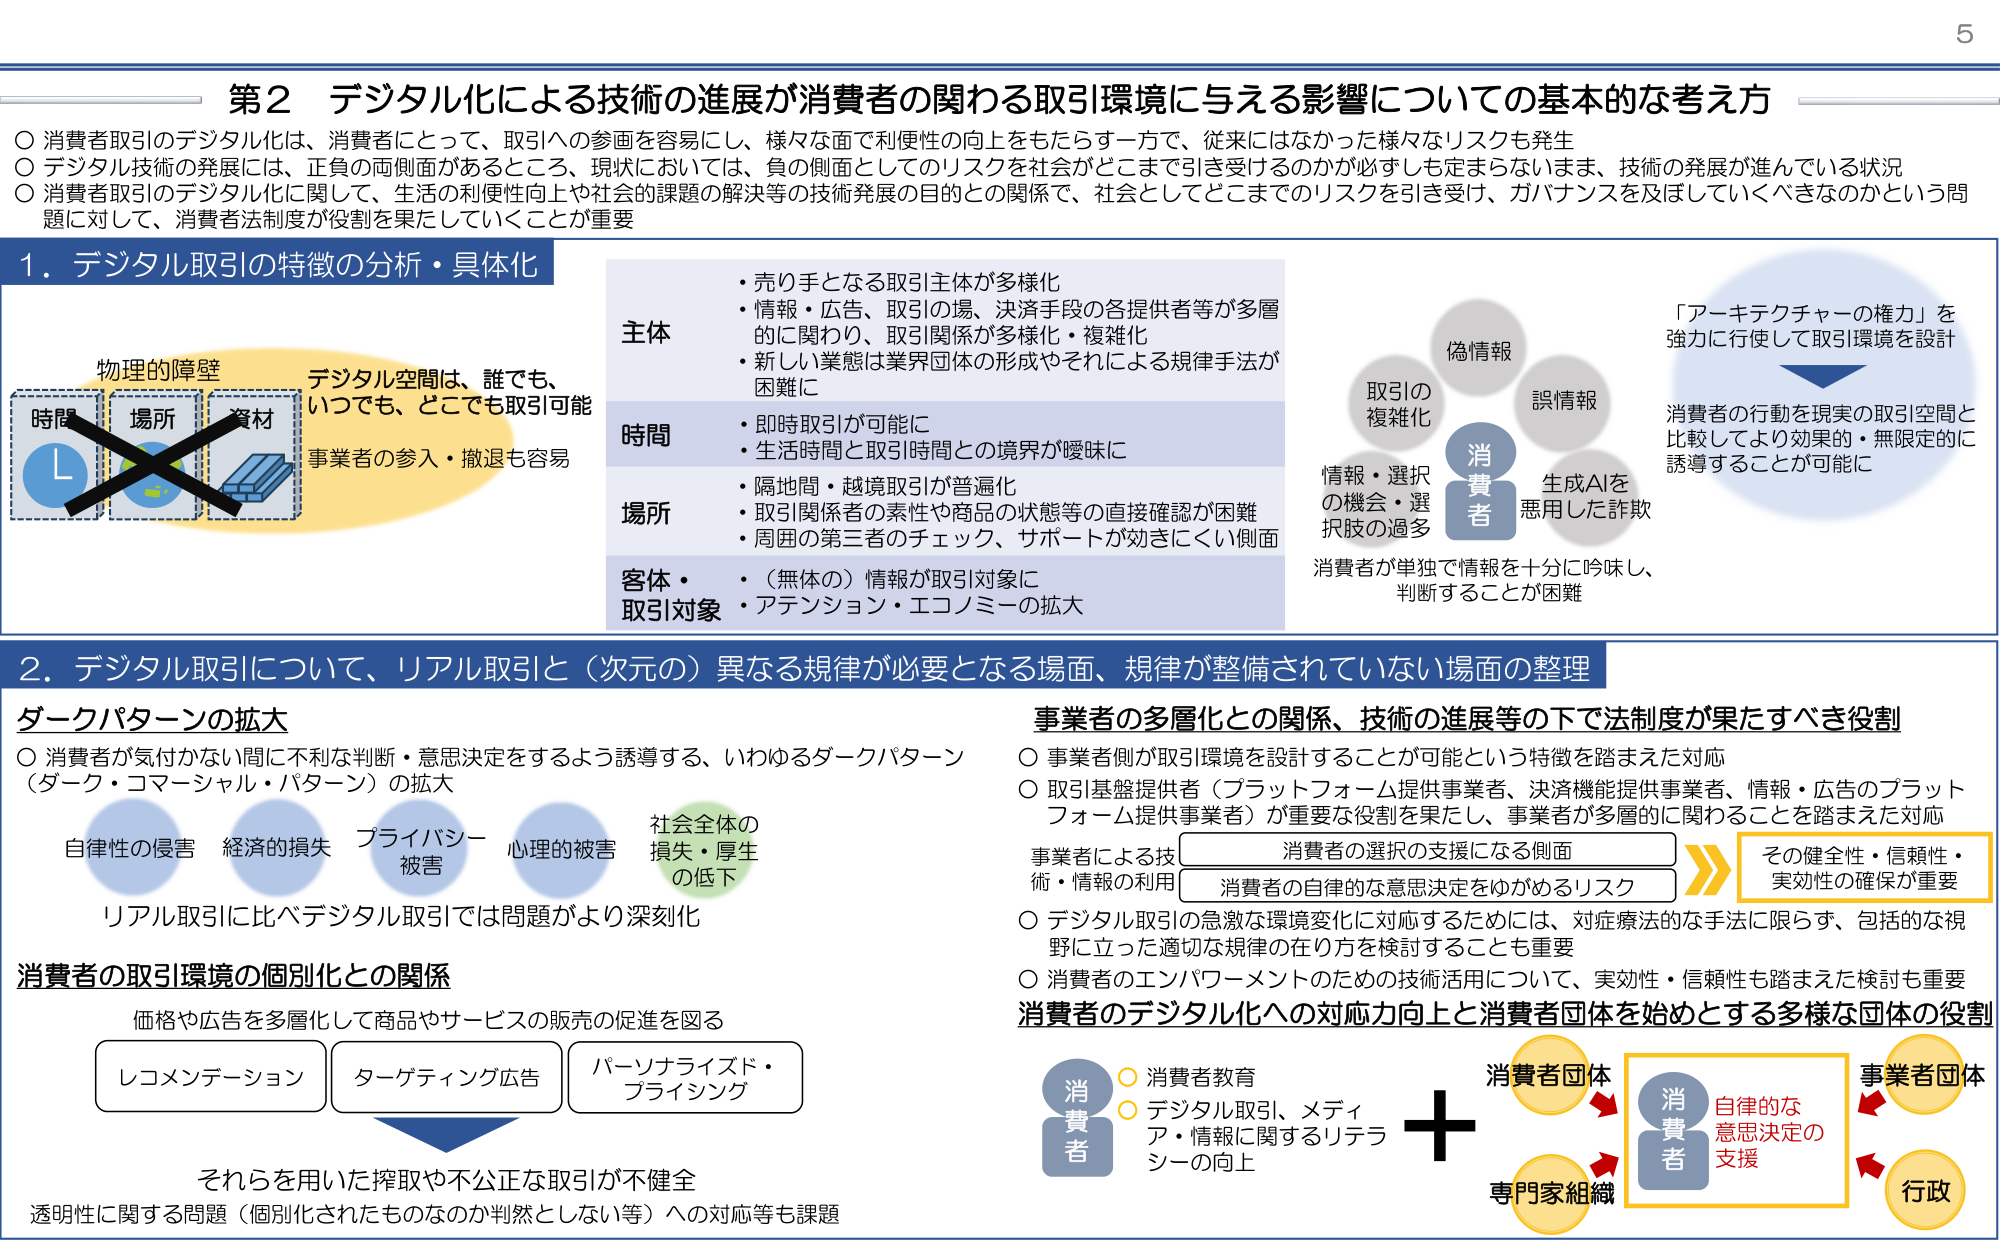
第2 デジタル化による技術の進展が消費者の関わる取引環境に与える影響についての基本的な考え方

○ 消費者取引のデジタル化は、消費者にとって、取引への参画を容易にし、様々な面で利便性の向上をもたらす一方で、従来にはなかった様々なリスクも発生
○ デジタル技術の発展には、正負の両側面があるところ、現状においては、負の側面としてのリスクを社会がどこまで引き受けるのかが必ずしも定まらないまま、技術の発展が進んでいる状況
○ 消費者取引のデジタル化に関して、生活の利便性向上や社会的課題の解決等の技術発展の目的との関係で、社会としてどこまでのリスクを引き受け、ガバナンスを及ぼしていくべきなのかという問題に対して、消費者法制度が役割を果たしていくことが重要

1．デジタル取引の特徴の分析・具体化

物理的の障壁
時間 場所 資材
デジタル空間は、誰でも、いつでも、どこでも取引可能
事業者の参入・撤退も容易

主体
・売り手となる取引主体が多様化
・情報・広告、取引の場、決済手段の各提供者等が多層的に関わり、取引関係が多様化・複雑化
・新しい業態は業界団体の形成やそれによる規律手法が困難に

時間
・即時取引が可能に
・生活時間と取引時間との境界が曖昧に

場所
・隔地間・越境取引が普遍化
・取引関係者の素性や商品の状態等の直接確認が困難
・周囲の第三者のチェック、サポートが効きにくい側面

客体・取引対象
・（無体の）情報が取引対象に
・アテンション・エコノミーの拡大

「アーキテクチャーの権力」を強力に行使して取引環境を設計
消費者の行動を現実の取引空間と比較してより効果的・無限定的に誘導することが可能に

偽情報
誤情報
取引の複雑化
情報・選択の機会・選択肢の過多
生成AIを悪用した詐欺
消費者が単独で情報を十分に吟味し、判断することが困難

2．デジタル取引について、リアル取引と（次元の）異なる規律が必要となる場面、規律が整備されていない場面の整理

ダークパターンの拡大
○ 消費者が気付かない間に不利な判断・意思決定をするよう誘導する、いわゆるダークパターン（ダーク・コマーシャル・パターン）の拡大
自律性の侵害 経済的損失 プライバシー被害 心理的被害 社会全体の損失・厚生の低下
リアル取引に比べデジタル取引では問題がより深刻化

消費者の取引環境の個別化との関係
価格や広告を多層化して商品やサービスの販売の促進を図る
レコメンデーション ターゲティング広告 パーソナライズド・プライシング
それらを用いた搾取や不公正な取引が不健全
透明性に関する問題（個別化されたものなのか判然としない等）への対応等も課題

事業者の多層化との関係、技術の進展等の下で法制度が果たすべき役割
○ 事業者側が取引環境を設計することが可能という特徴を踏まえた対応
○ 取引基盤提供者（プラットフォーム提供事業者、決済機能提供事業者、情報・広告のプラットフォーム提供事業者）が重要な役割を果たし、事業者が多層的に関わることを踏まえた対応
事業者による技術・情報の利用
消費者の選択の支援になる側面
消費者の自律的な意思決定をゆがめるリスク
その健全性・信頼性・実効性の確保が重要
○ デジタル取引の急激な環境変化に対応するためには、対症療法的な手法に限らず、包括的な視野に立った適切な規律の在り方を検討することも重要
○ 消費者のエンパワーメントのための技術活用について、実効性・信頼性も踏まえた検討も重要

消費者のデジタル化への対応力向上と消費者団体を始めとする多様な団体の役割
消費者教育
デジタル取引、メディア・情報に関するリテラシーの向上
消費者
＋
消費者団体
専門家組織
事業者団体
行政
自律的な意思決定の支援
消費者